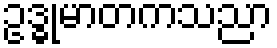
ဥဒ္ဓုမာတကသညာ